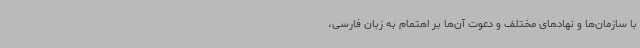
با سازمان‌ها و نهادهای مختلف و دعوت آن‌ها بر اهتمام به زبان فارسی،